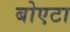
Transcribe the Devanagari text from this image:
बोएटा